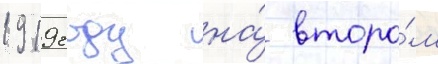
1919 году на́ второ́м